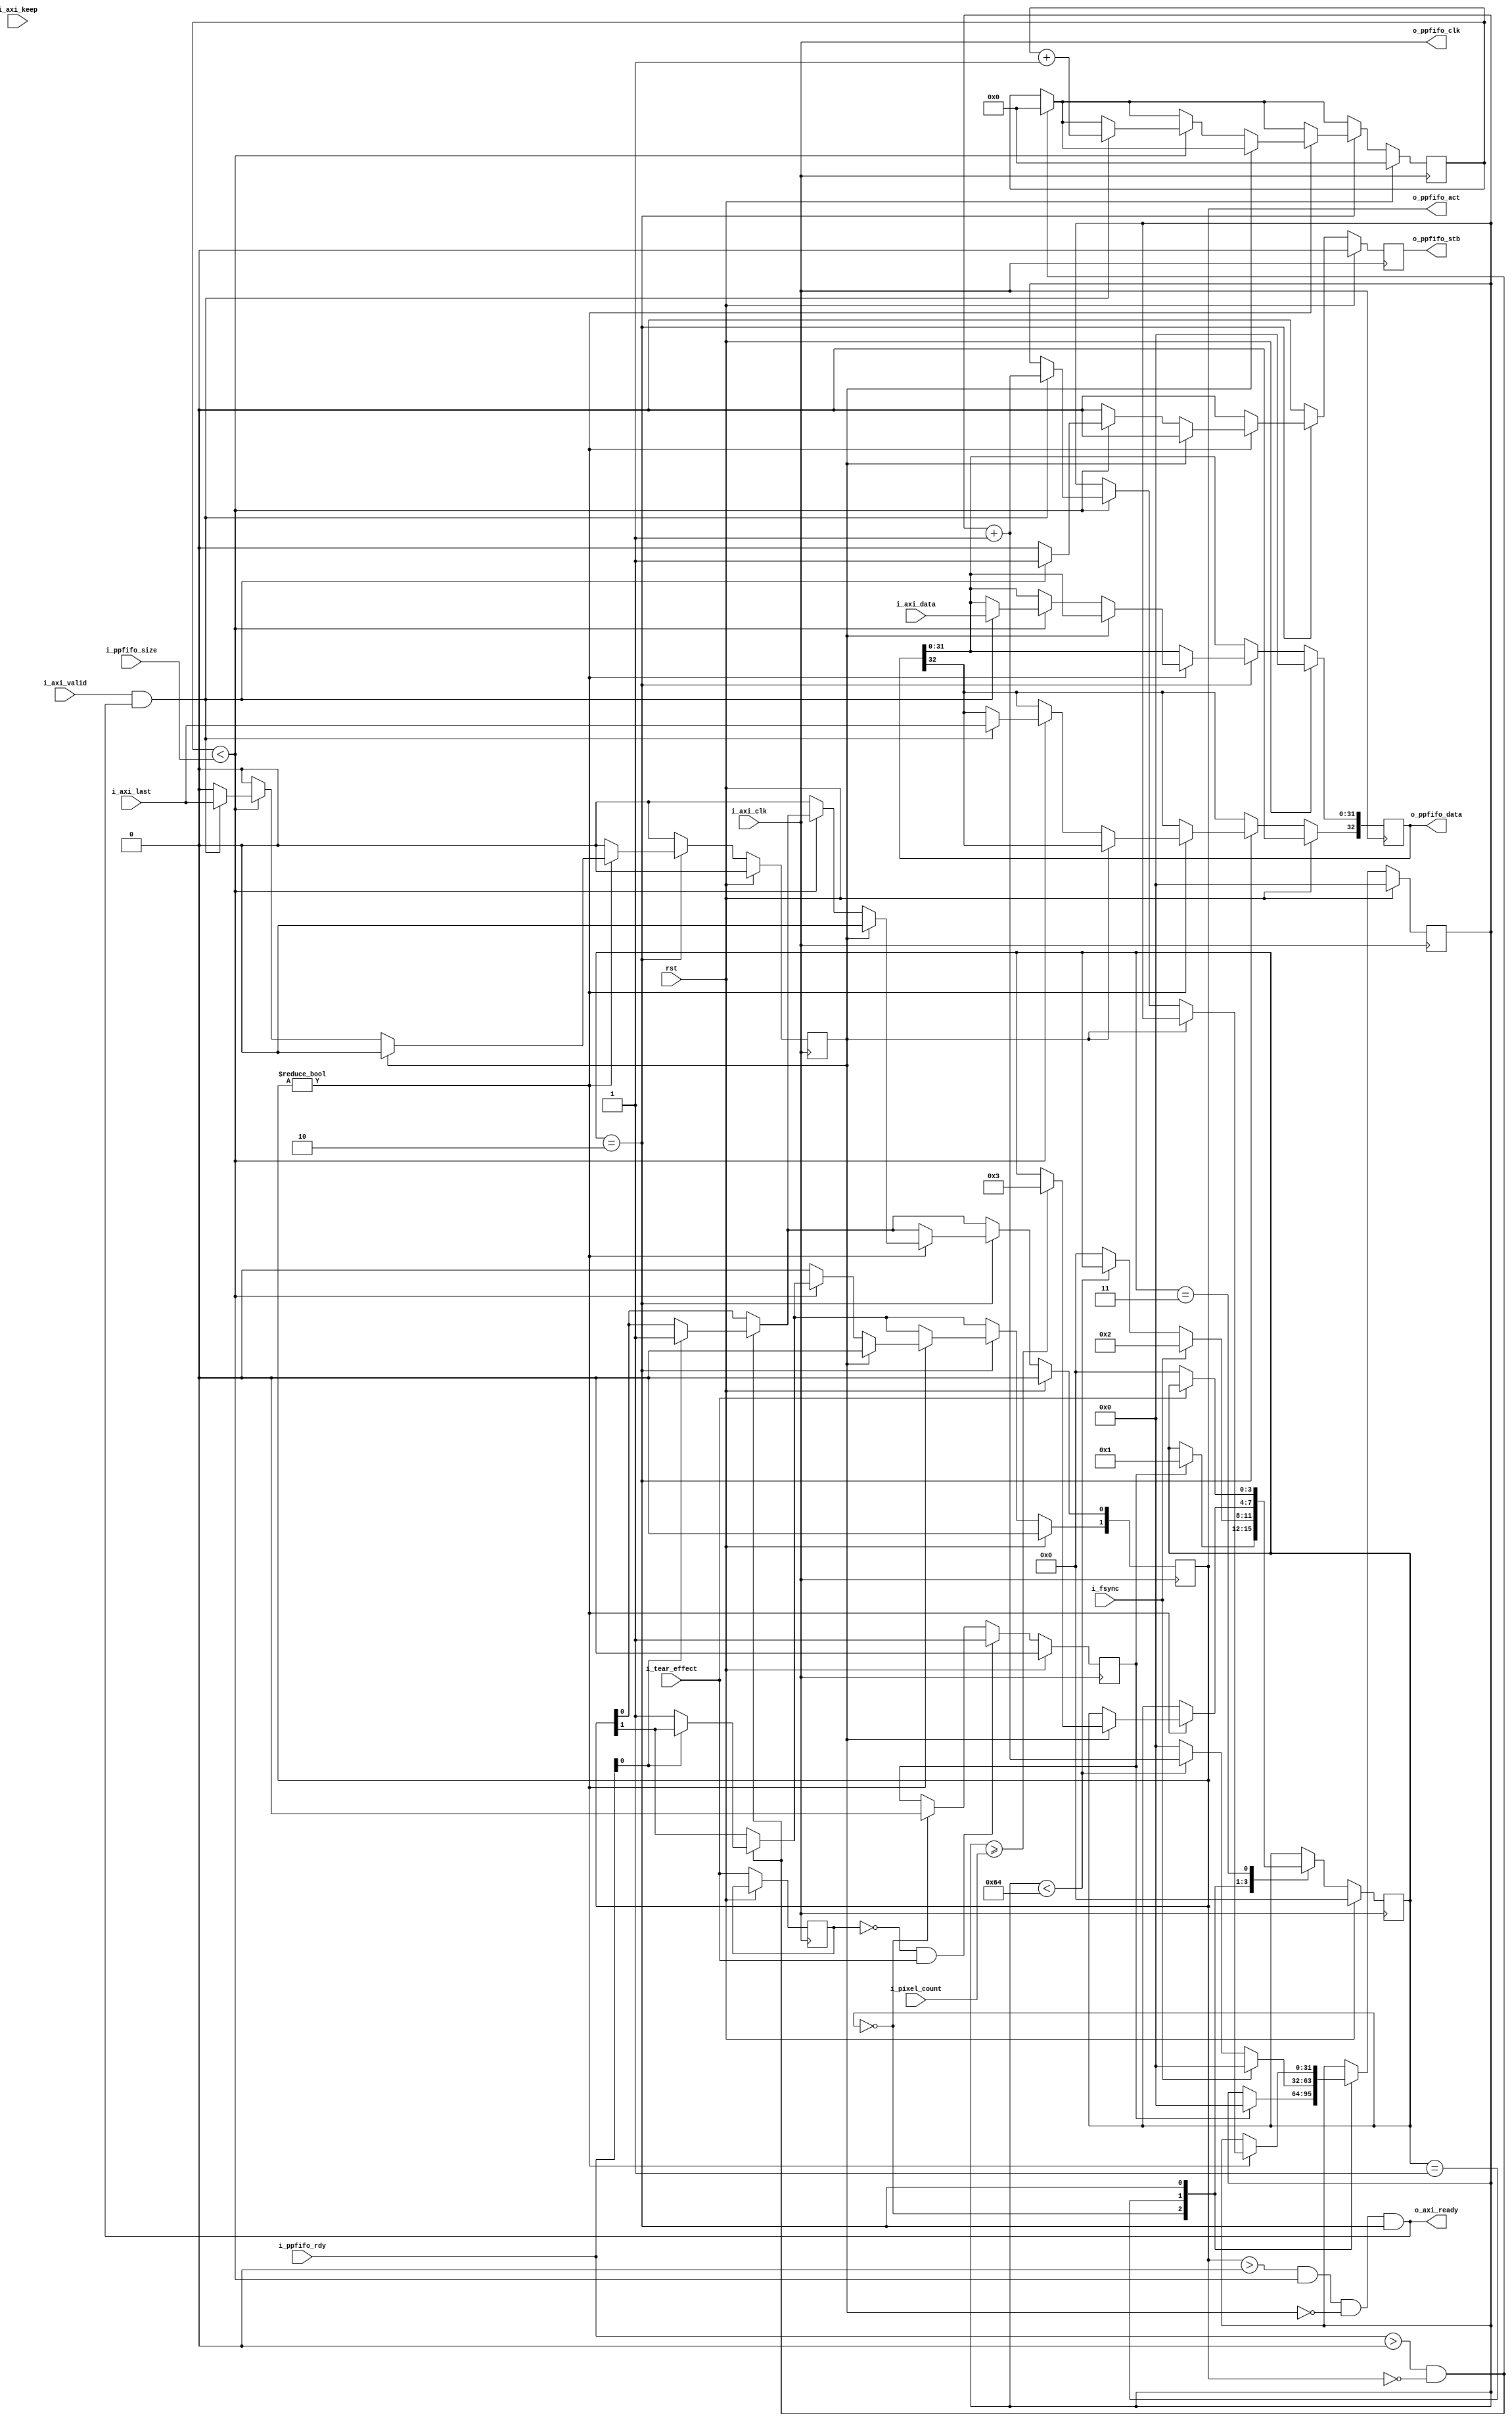
// This program was cloned from: https://github.com/CospanDesign/nysa-verilog
// License: MIT License

/*
Distributed under the MIT license.
Copyright (c) 2015 Dave McCoy (dave.mccoy@cospandesign.com)

Permission is hereby granted, free of charge, to any person obtaining a copy of
this software and associated documentation files (the "Software"), to deal in
the Software without restriction, including without limitation the rights to
use, copy, modify, merge, publish, distribute, sublicense, and/or sell copies
of the Software, and to permit persons to whom the Software is furnished to do
so, subject to the following conditions:

The above copyright notice and this permission notice shall be included in all
copies or substantial portions of the Software.

THE SOFTWARE IS PROVIDED "AS IS", WITHOUT WARRANTY OF ANY KIND, EXPRESS OR
IMPLIED, INCLUDING BUT NOT LIMITED TO THE WARRANTIES OF MERCHANTABILITY,
FITNESS FOR A PARTICULAR PURPOSE AND NONINFRINGEMENT. IN NO EVENT SHALL THE
AUTHORS OR COPYRIGHT HOLDERS BE LIABLE FOR ANY CLAIM, DAMAGES OR OTHER
LIABILITY, WHETHER IN AN ACTION OF CONTRACT, TORT OR OTHERWISE, ARISING FROM,
OUT OF OR IN CONNECTION WITH THE SOFTWARE OR THE USE OR OTHER DEALINGS IN THE
SOFTWARE.
*/

/*
 * Description:
 *  Translates data from an AXI stream interface to a Ping Pong FIFO
 *
 *
 * Changes      Who?  What?
 *  12/26/2015: DFM   Initial Checkin
 *  04/06/2017: DFM   Modified documentation, there is no need for the
 *                    data of either the PPFIFO or AXI Stream to be the same
 *                    size
 */

module adapter_axi_stream_2_ppfifo_wl #(
  parameter                         DATA_WIDTH    = 32,
  parameter                         STROBE_WIDTH  = DATA_WIDTH / 8,
  parameter                         USE_KEEP      = 0
)(
  input                             rst,

  input                             i_tear_effect,
  input                             i_fsync,
  input       [31:0]                i_pixel_count,

  //AXI Stream Input
  input                             i_axi_clk,
  output                            o_axi_ready,
  input       [DATA_WIDTH - 1:0]    i_axi_data,
  input       [STROBE_WIDTH - 1:0]  i_axi_keep,
  input                             i_axi_last,
  input                             i_axi_valid,

  //Ping Pong FIFO Write Controller
  output                            o_ppfifo_clk,
  input       [1:0]                 i_ppfifo_rdy,
  output  reg [1:0]                 o_ppfifo_act,
  input       [23:0]                i_ppfifo_size,
  output  reg                       o_ppfifo_stb,
  output  reg [DATA_WIDTH:0]        o_ppfifo_data
);
//local parameters
localparam      WAIT_FOR_TEAR_EFFECT  = 0;
localparam      WAIT_FOR_FRAME        = 1;
localparam      READ_FRAME            = 2;
localparam      WAIT_FOR_END_TEAR     = 3;

localparam      TEAR_WINDOW_COUNT     = 100;

//registes/wires
wire                        clk;  //Convenience Signal
reg           [3:0]         state;
reg           [23:0]        r_count;
reg                         r_last;
reg           [31:0]        r_pixel_count;
reg                         r_prev_tear;
reg                         r_pos_edge_tear;
//submodules
//asynchronous logic

//This is a little strange to just connect the output clock with the input clock but if this is done
//Users do not need to figure out how to hook up the clocks
assign  o_ppfifo_clk    = i_axi_clk;
assign  clk             = i_axi_clk;
assign  o_axi_ready     = (o_ppfifo_act > 0) &&
                          (r_count < i_ppfifo_size) &&
                          !r_last &&
                          (state == READ_FRAME);
//synchronous logic

always @ (posedge clk) begin
  o_ppfifo_stb                                <=  0;
  r_last                                      <=  0;

  if (rst) begin
    r_count                                   <=  0;
    o_ppfifo_act                              <=  0;
    o_ppfifo_data                             <=  0;
    r_pos_edge_tear                           <=  0;
    r_pixel_count                             <=  0;
    state                                     <=  WAIT_FOR_TEAR_EFFECT;
  end
  else begin
    if ((i_ppfifo_rdy > 0) && (o_ppfifo_act == 0)) begin
      r_count                                 <=  0;
      if (i_ppfifo_rdy[0]) begin
        o_ppfifo_act[0]                       <=  1;
      end
      else begin
        o_ppfifo_act[1]                       <=  1;
      end
    end

    case (state)
      WAIT_FOR_TEAR_EFFECT: begin
        if (r_pos_edge_tear) begin
          r_pos_edge_tear                     <=  0;
          r_pixel_count                       <=  0;
          state                               <=  WAIT_FOR_FRAME;
        end
      end
      WAIT_FOR_FRAME: begin
        r_pixel_count                         <=  0;
        if (i_fsync) begin
          state                               <= READ_FRAME;
          r_pixel_count                       <= 0;
        end
        else if (r_pixel_count < TEAR_WINDOW_COUNT) begin
          r_pixel_count                       <= r_pixel_count + 1;
        end
        else begin
          state                               <= WAIT_FOR_TEAR_EFFECT;  
        end
      end
      READ_FRAME: begin
        if (o_ppfifo_act) begin
          if (r_last) begin
            o_ppfifo_act                      <=  0;
            if (r_pixel_count >= i_pixel_count) begin
              state                           <=  WAIT_FOR_END_TEAR;
            end
          end
          else if (r_count < i_ppfifo_size) begin
            if (i_axi_valid && o_axi_ready) begin
              o_ppfifo_stb                      <=  1;
              r_pixel_count                     <=  r_pixel_count + 1;
              o_ppfifo_data[DATA_WIDTH - 1: 0]  <=  i_axi_data;
              o_ppfifo_data[DATA_WIDTH]         <=  i_axi_last;
              r_last                            <=  i_axi_last;
              r_count                           <=  r_count + 1;
            end
          end
          else begin
            o_ppfifo_act                        <=  0;
          end
        end
      end
      WAIT_FOR_END_TEAR: begin
        if (!i_tear_effect) begin
          state                                 <=  WAIT_FOR_TEAR_EFFECT;
        end
      end
    endcase

    //Detect the positive edge of a tear effect
    if (!r_prev_tear && i_tear_effect) begin
      r_pos_edge_tear                           <=  1;
    end
    r_prev_tear                                 <=  i_tear_effect;
  end
end

endmodule